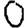
Digit: 0